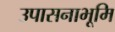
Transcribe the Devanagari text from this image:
उपासनाभूमि